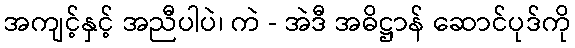
အကျင့်နှင့် အညီပါပဲ၊ ကဲ - အဲဒီ အဓိဋ္ဌာန် ဆောင်ပုဒ်ကို